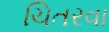
ચિતરવા